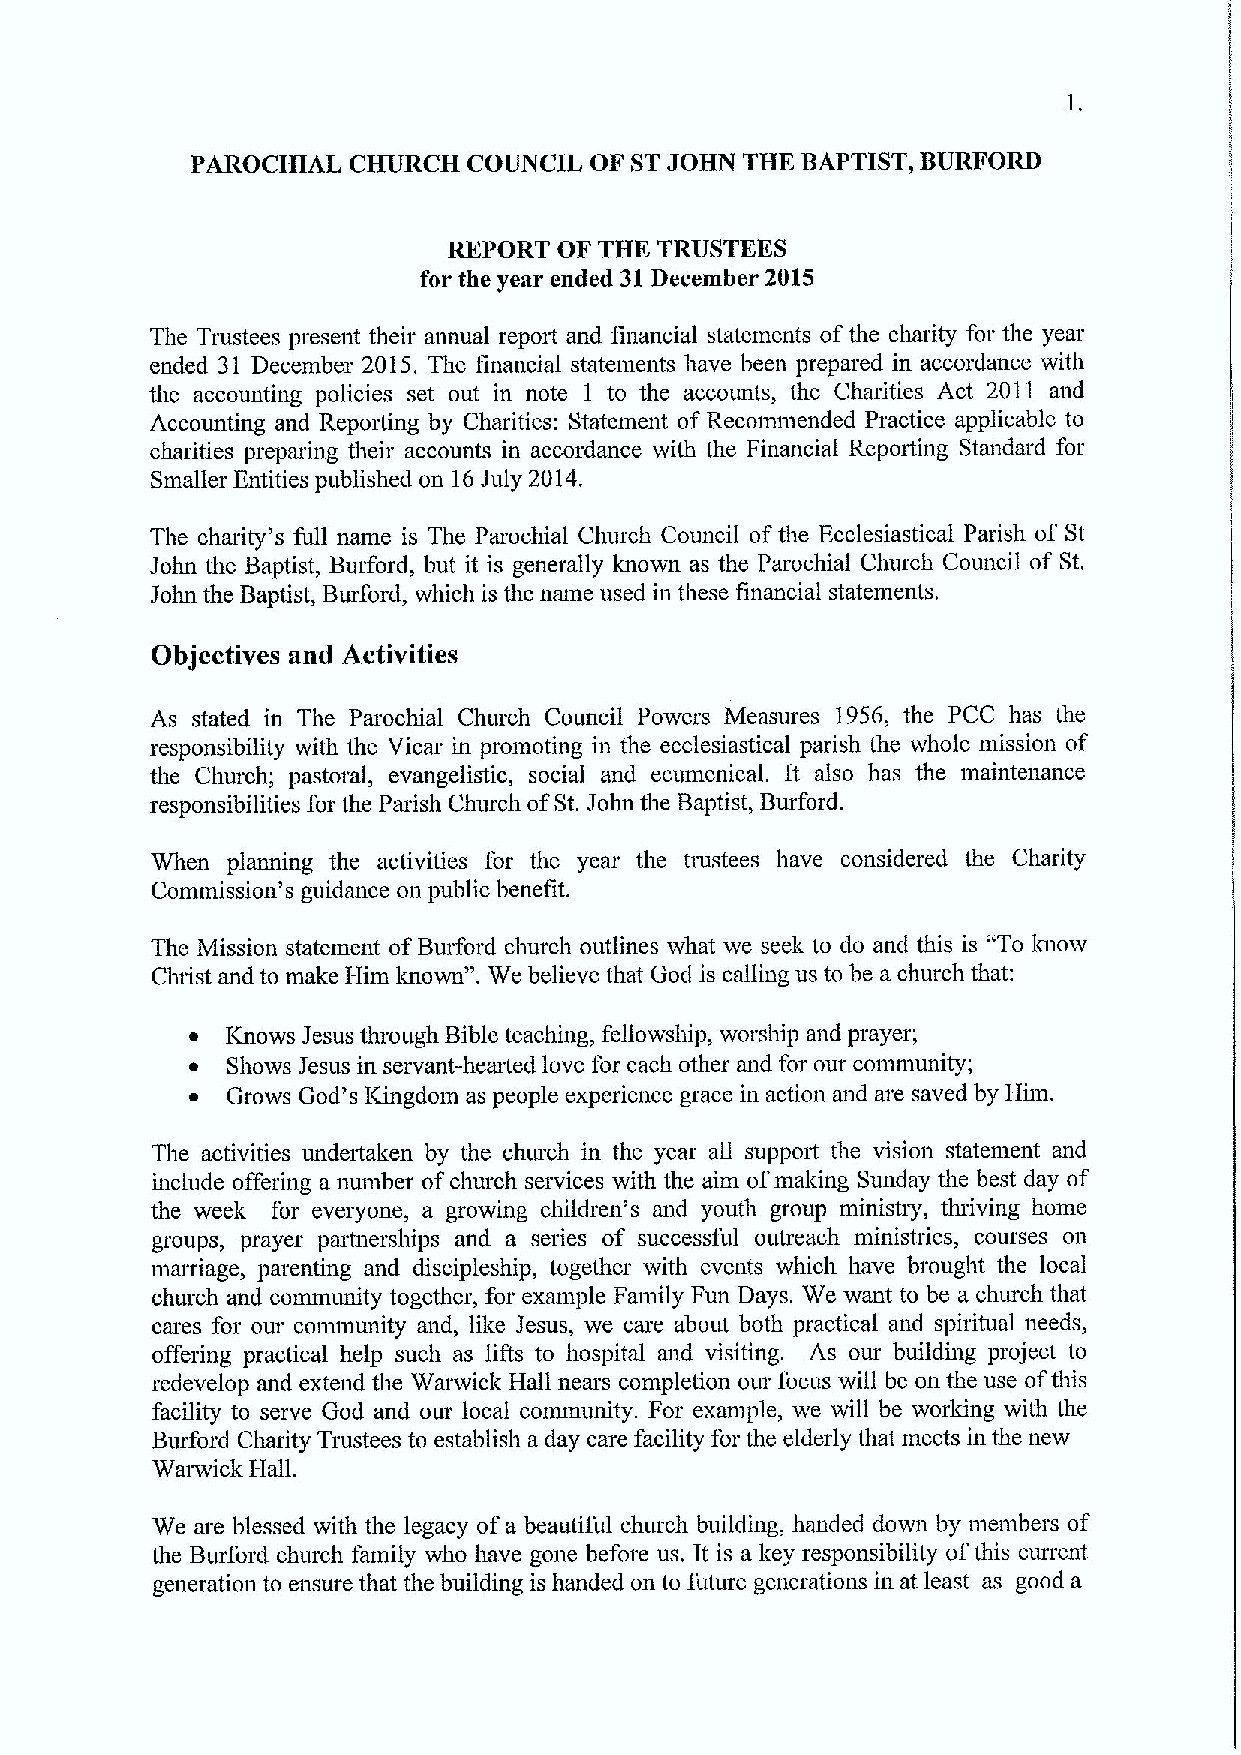
PAROCHIAL CHURCH  COUNCIL OF STJOHN THE BAPTIST, BURFORD
 REPORT OF THE TRUSTEES
 for the year ended 31December 2015
 The Trustees present their annual report and financial statements ofthe charity for the year
 ended 31 December 2015. The financial statements have been prepared in accordance with
 the accounting policies set out in note 1 to the accounts, the Charities Act 2011 and
 Accounting and Reporting by Charities: Statement of Recommended Practice applicable to
 charities preparing their accounts in accordance with the Financial Reporting Standard for
 Smaller Entities published on 16July 2014.
 The charity's full name is The Parochial Church Council ofthe Ecclesiastical Parish of St
 John the Baptist, Burford, but it is generally lmown as the Parochial Church Council of St.
 John the Baptist, Burford, which is the name used in these financial statements.
 Objectives and Activities
 As stated in The Parochial Church Council Powers Measures 1956, the PCC has the
 responsibility with the Vicar in promoting in the ecclesiastical parish the whole mission of
 the Church; pastoral, evangelistic, social and ecumenical. It also has the maintenance
 responsibilities for the Parish Church ofSt. John the Baptist, Burford.
 When planning the activities for the year the tmstees have considered the Charity
 Commission's guidance on public benefit.
 "To
 The Mission statement ofBurford church outlines what we seek to do and this is know
 Christ and to make Him Irnown". We believe that God is calling us to be a church that:
 ~ Knows Jesus through Bible teaching, fellowship, worship and prayer;
 ~ Shows Jesus in servant-hearted love for each other and for our community;
 ~ Grows God's Kingdom as people experience grace in action and are saved by Him.
 The activities undertaken by the church in the year all support the vision statement and
 include offering a number ofchurch services with the aim ofmaking Sunday the best day of
 the week for everyone, a growing children's and youth group ministry, thriving home
 groups, prayer partnerships and a series of successful outreach ministries, courses on
 marriage, parenting and discipleship, together with events which have brought the local
 church and community together, for example Family Fun Days. We want to be a church that
 cares for our community and, like Jesus, we care about both practical and spiritual needs,
 offering practical help such as lifts to hospital and visiting. As our building project to
 redevelop and extend the Warwick Hall nears completion our focus will be on the use ofthis
 facility to serve God and our local community. For example, we will be worlung with the
 Burford Charity Trustees to establish a day care facility for the elderly that meets in the new
 Warwick Hall.
 We are blessed with the legacy ofa beautiful church building, handed down by members of
 the Burford church family who have gone before us. It is a key responsibility ofthis current
 generation to ensure that the building is handed on to future generations in at least as good a